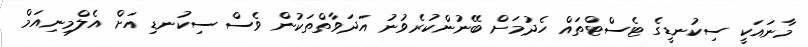
މާނައަކީ ސިކުނޑީގެ ޓެސްޓްތައް ހެދުމަށް ބޭނުންކުރެވުނު އަދަވާތްތަކުން ވެސް ސިކުނޑި އަށް އެލްމިނިއަމް